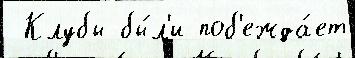
 Клубы бы́л'и поб'ежда́ет